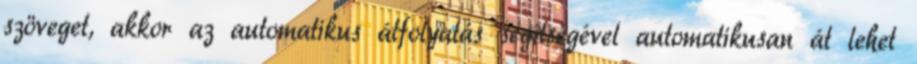
szöveget, akkor az automatikus átfolyatás segítségével automatikusan át lehet